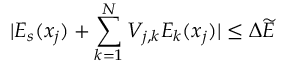
| E _ { s } ( x _ { j } ) + \sum _ { k = 1 } ^ { N } V _ { j , k } E _ { k } ( x _ { j } ) | \le \Delta \widetilde { E }